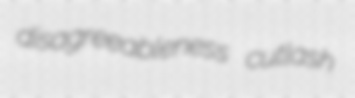
disagreeableness cutlash